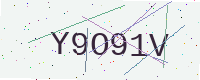
Text: Y9O91V